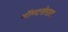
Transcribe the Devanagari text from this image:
मॉण्टसेराट